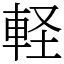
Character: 軽